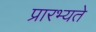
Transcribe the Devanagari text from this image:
प्रारभ्यते